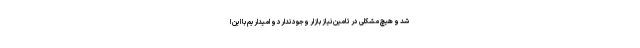
شد و هیچ مشکلی در تامین نیاز بازار وجود ندارد و امیداریم با این ا